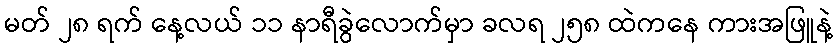
မတ် ၂၈ ရက် နေ့လယ် ၁၁ နာရီခွဲလောက်မှာ ခလရ ၂၅၈ ထဲကနေ ကားအဖြူနဲ့